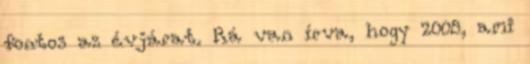
fontos az évjárat. Rá van írva, hogy 2008, ami